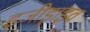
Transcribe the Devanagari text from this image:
इजीड्राइव